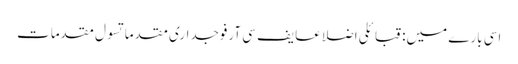
اسی بارے میں: قبائلی اضلاعایف سی آرفوجداری مقدماتسول مقدمات